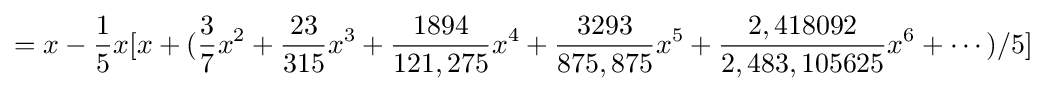
=x-{\frac {1}{5}}x[x+({\frac {3}{7}}x^{2}+{\frac {23}{315}}x^{3}+{\frac {1894}{121,275}}x^{4}+{\frac {3293}{875,875}}x^{5}+{\frac {2,418092}{2,483,105625}}x^{6}+\cdots )/5]